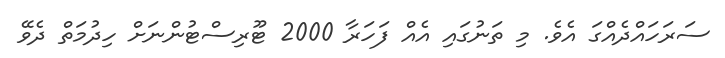
ސަރަހައްދެއްގަ އެވެ. މި ތަނުގައި އެއް ފަހަރާ 2000 ޓޫރިސްޓުންނަށް ހިދުމަތް ދެވޭ